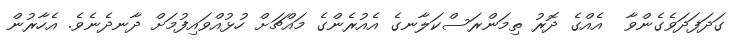
ގަދަފަދަވެގެންވާ  އެއްގެ ދޮރު ތިމަންރަސްކަލާނގެ އެއުރެންގެ މައްޗަށް ހުޅުއްވައިފުމަށް ދާނދެނެވެ. އެހާރުން